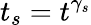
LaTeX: t_{s}=t^{\gamma_{s}}